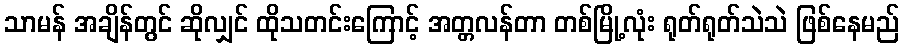
သာမန် အချိန်တွင် ဆိုလျှင် ထိုသတင်းကြောင့် အတ္တလန်တာ တစ်မြို့လုံး ရုတ်ရုတ်သဲသဲ ဖြစ်နေမည်